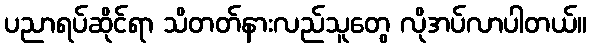
ပညာရပ်ဆိုင်ရာ သိတတ်နားလည်သူတွေ လိုအပ်လာပါတယ်။